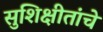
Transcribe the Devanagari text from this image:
सुशिक्षीतांचे